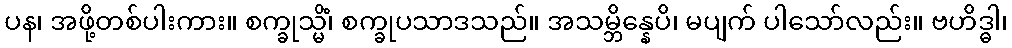
ပန၊ အဖို့တစ်ပါးကား။ စက္ခုသ္မိံ၊ စက္ခုပသာဒသည်။ အသမ္ဘိန္နေပိ၊ မပျက် ပါသော်လည်း။ ဗဟိဒ္ဓါ၊